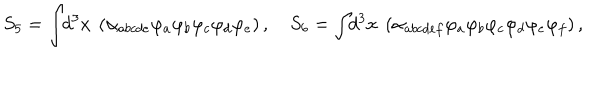
S _ { 5 } = \int \! \! d ^ { 3 } x ~ \left( \alpha _ { a b c d e } \varphi _ { a } \varphi _ { b } \varphi _ { c } \varphi _ { d } \varphi _ { e } \right) , \quad S _ { 6 } = \int \! \! d ^ { 3 } x ~ \left( \alpha _ { a b c d e f } \varphi _ { a } \varphi _ { b } \varphi _ { c } \varphi _ { d } \varphi _ { e } \varphi _ { f } \right) ,